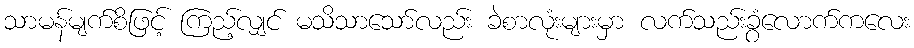
သာမန်မျက်စိဖြင့် ကြည့်လျှင် မသိသာသော်လည်း ခဲစာလုံးများမှာ လက်သည်းခွံလောက်ကလေး